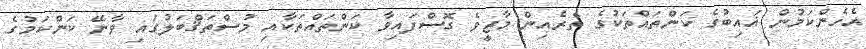
އެހެންކަމުން ޣައިބުގެ ކަންތައްތަކުގެ ތެރެއިން މާޒީވެ ގޮސްފައިވާ ކަންތައްތަކާއި މުސްތަޤްބަލުގައި ވާނޭ ކަންކަމުގެ